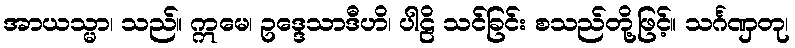
အာယသ္မာ၊ သည်။ ဣမေ၊ ဥဒ္ဒေသာဒီဟိ၊ ပါဠိ သင်ခြင်း စသည်တို့ဖြင့်။ သင်္ဂဏှတု၊